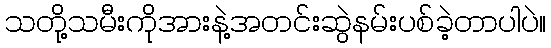
သတို့သမီးကိုအားနဲ့အတင်းဆွဲနမ်းပစ်ခဲ့တာပါပဲ။